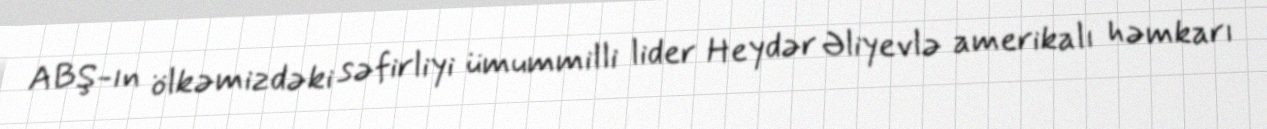
ABŞ-ın ölkəmizdəki səfirliyi ümummilli lider Heydər Əliyevlə amerikalı həmkarı